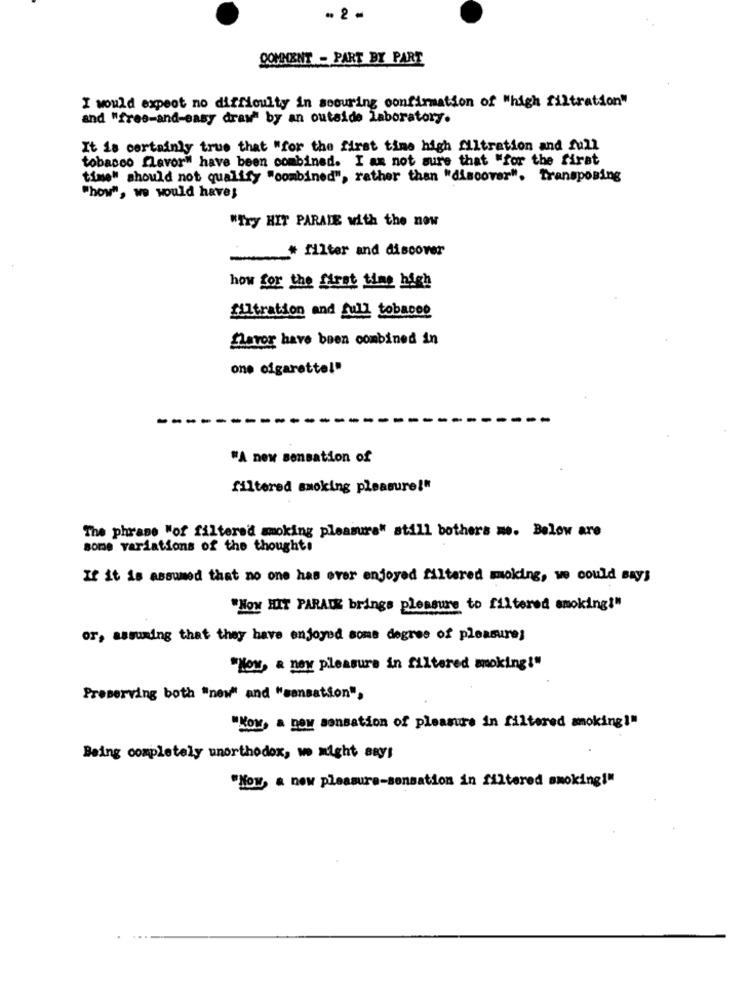
- 2 =
COMMENT - PART BY PART
I would expect no difficulty in scouring confirmation of "high filtration"
and "free-and-easy draw" by an outside laboratory.
It is certainly true that "for the first time high filtration and full
tobacco flavor" have been combined. I am not sure that "for the first
time" should not qualify "combined", rather than "discover". Transposing
"how", we would have;
"Try HIT PARADE with the now
# filter and discover
how for the first time high
filtration and full tobacon
flavor have been combined in
one cigarette!"
"A new sensation of
filtered smoking pleasure!"
The phrase "of filtered smoking pleasure" still bothers me. Below are
some variations of the thoughts
If it is assumed that no one has over enjoyed filtered moking, we could Bays
"NON HIT PARADE brings pleasure to filtered smoking!"
or, assuming that they have enjoyed some degree of pleasure;
"Now, a ney pleasure in filtered smoking!"
Preserving both "new" and "sansation",
"Kow, a new sensation of pleasure in filtered amoking!"
Being completely unorthodox, we might sayt
"Now, a new pleasure-sonsation in filtered smoking!"